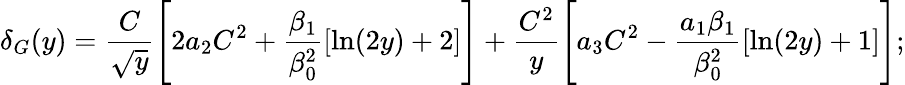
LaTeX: \delta_{G}(y)=\frac{C}{\sqrt y}\left[2a_{2}C^{2}+\frac{\beta_{1}}{\beta_{0}^{2}}[\ln(2y)+2]\right]+\frac{C^{2}}{y}\left[a_{3}C^{2}-\frac{a_{1}\beta_{1}}{\beta_{0}^{2}}[\ln(2y)+1]\right];